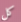
كل